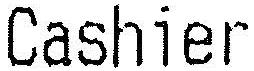
CASHIER